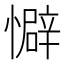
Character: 𫻏